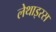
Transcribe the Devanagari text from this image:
लेथाइरस